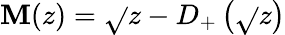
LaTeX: \mathbf{M}(z)=\sqrt{}{{{z}}}-D_{+}\left({\sqrt{}{{z}}}\right)